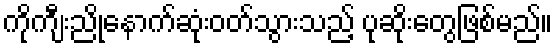
ကိုကျီးညိုနောက်ဆုံးဝတ်သွားသည့် ပုဆိုးတွေဖြစ်မည်။